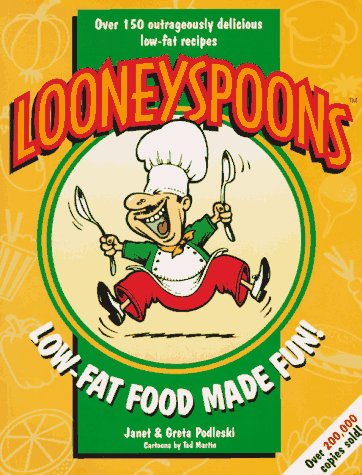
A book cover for Looneyspoons: Low-Fat Food Made Fun!; Janet Podleski; Cookbooks, Food & Wine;